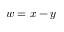
w = x - y